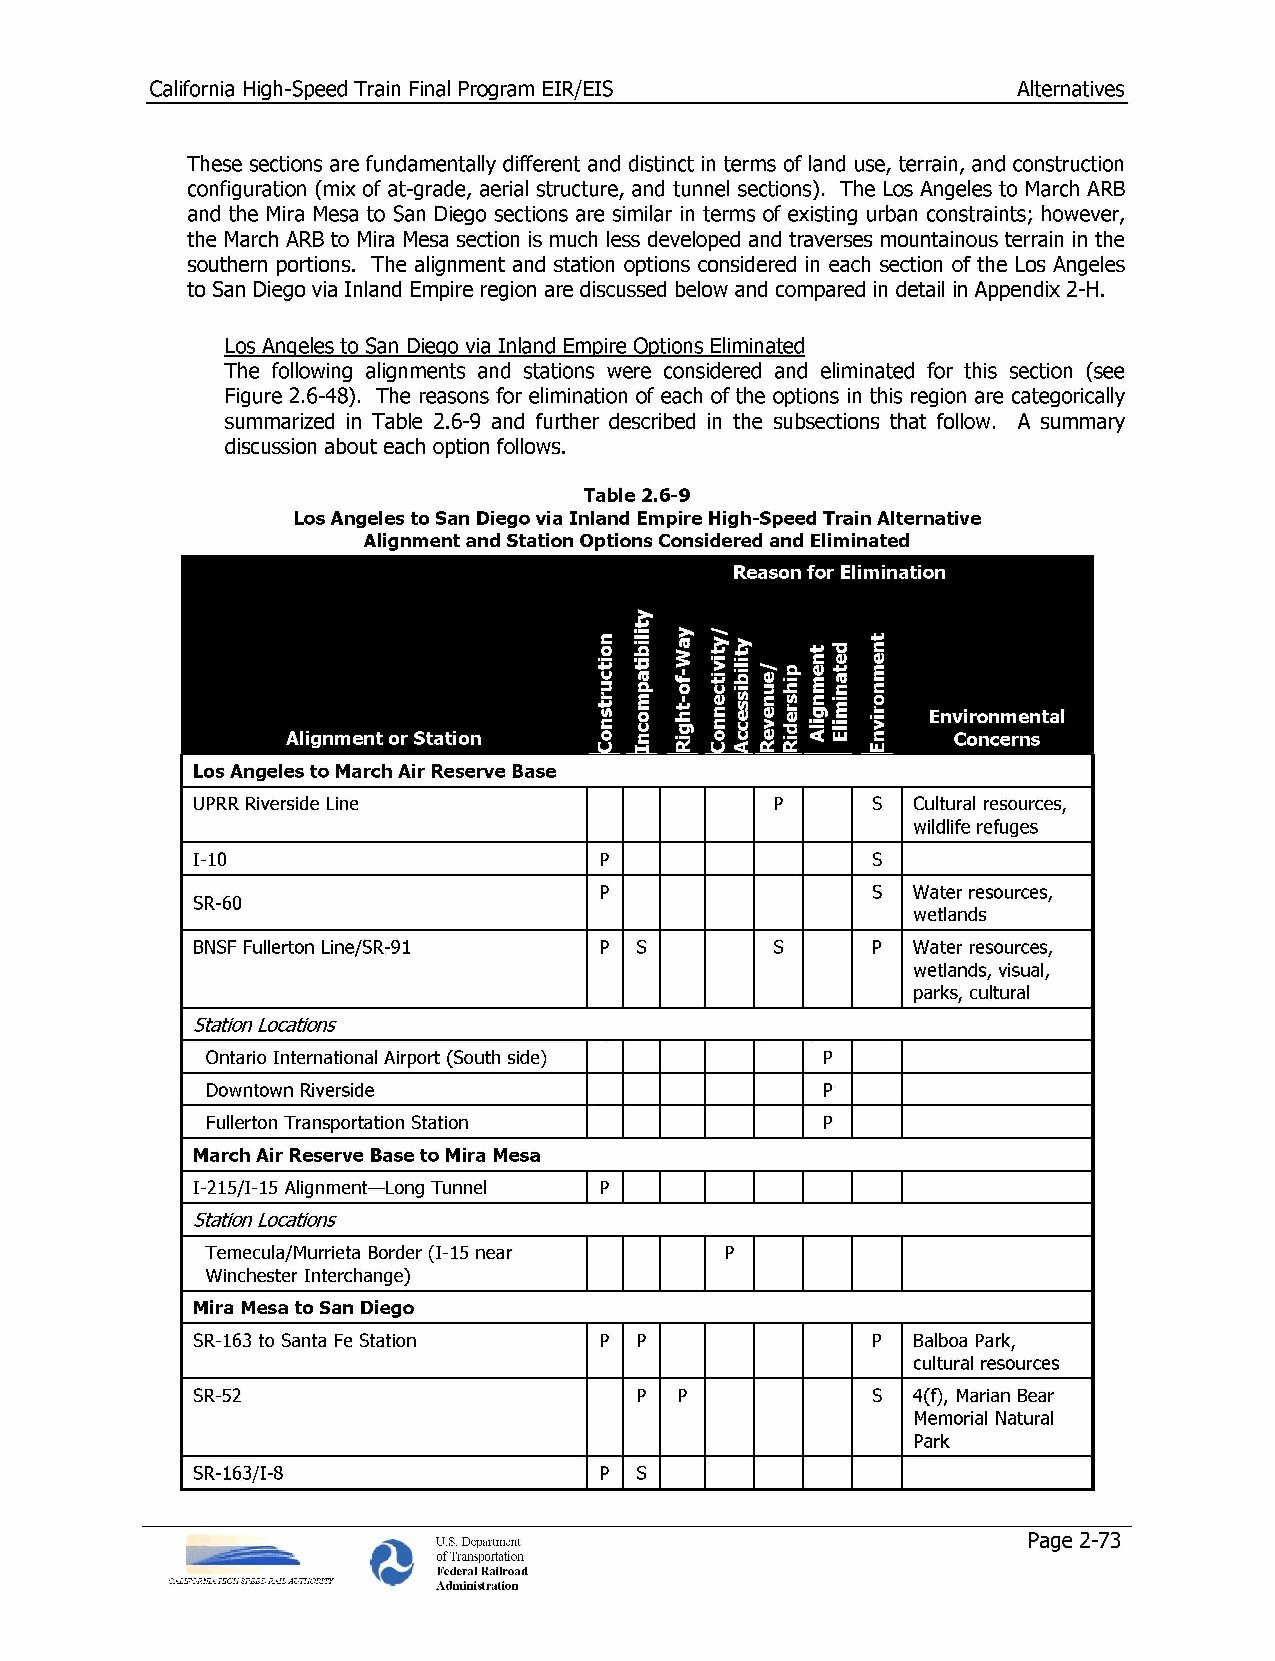
California High-Speed Train Final Program EIR/EIS        Alternatives
 These sections are fundamentally different and distinct in terms of land use, terrain, and construction
 configuration (mix of at-grade, aerial structure, and tunnel sections). The Los Angeles to March ARB
 and the Mira Mesa to San Diego sections are similar in terms of existing urban constraints; however,
 the March ARB to Mira Mesa section is much less developed and traverses mountainous terrain in the
 southern portions. The alignment and station options considered in each section of the Los Angeles
 to San Diego via Inland Empire region are discussed below and compared in detail in Appendix 2-H.
 Los Angeles to San Diego via Inland Empire Options Eliminated
 The following alignments and stations were considered and eliminated for this section (see
 Figure 2.6-48). The reasons for elimination of each of the options in this region are categorically
 summarized in Table 2.6-9 and further described in the subsections that follow. A summary
 discussion about each option follows.
 Table 2.6-9
 Los Angeles to San Diego via Inland Empire High-Speed Train Alternative
 Alignment and Station Options Considered and Eliminated
 Reason Ffoorr EElliimmiinnaattiioonn
 Alignment Eliminated Environment
 EnvirEonnvmiroennmtael ntal
 Alignment or Station                        concernCsoncerns
 Los Angeles to March Air Reserve Base
 UPRR Riverside Line                   P      S  Cultural resources,
 wildlife refuges
 1-10                       P                 S
 P                 S Water resources,
 SR-60
 wetlands
 BNSF Fullerton Line/SR-91  P S        S      p Water resources,
 wetlands, visual,
 parks, cultural
 Station Locations
 Ontario International Airport (South side) P
 Downtown Riverside                       P
 Fullerton Transportation Station         P
 March Air Reserve Base to Mira Mesa
 I-215/I-15 Alignment—Long Tunnel P
 Station Locations
 Temecula/Murrieta Border (1-15 near P
 Winchester Interchange)
 Mira Mesa to San Diego
 SR-163 to Santa Fe Station P P               p  Balboa Park,
 cultural resources
 SR-52                        P  P            S 4(f), Marian Bear
 Memorial Natural
 Park
 SR-163/I-8                 P S
 U.S. Department                        Page 2-73
 of Transportation
 Federal Railroad
 CALIFORNIA HIGH SPEED RAIL AUTHORITY Administration
 noitcurtsnoC
 ytilibitapmocnI
 yaW-fo-thgiR /ytivitcennoC ytilibisseccA
 /euneveR
 §
 pihsrediR
 tnemngilA detanimilE tnemnorivnE